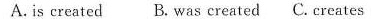
A.is created B. Was created C. Creates